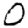
Digit: 0